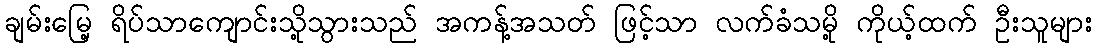
ချမ်းမြေ့ ရိပ်သာကျောင်းသို့သွားသည် အကန့်အသတ် ဖြင့်သာ လက်ခံသမို့ ကိုယ့်ထက် ဦးသူများ